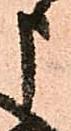
申